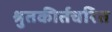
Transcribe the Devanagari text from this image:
श्रुतकीर्तचरित